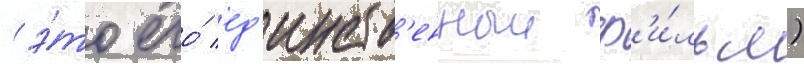
(э́то его́ ед'инств'енныи ф'и́льм)